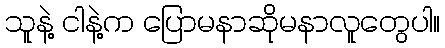
သူနဲ့ ငါနဲ့က ပြောမနာဆိုမနာလူတွေပါ။